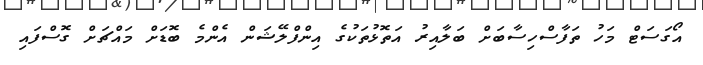
އޯގަސަޓް މަހު ތަފާސްހިސާބަށް ބަލާއިރު އަތޮޅުތަކުގެ އިންފްލޭޝަން އެންމެ ބޮޑަށް މައްޗަށް ގޮސްފައި